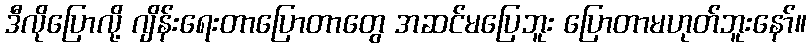
ဒီလိုပြောလို့ ဂျိန်းရေးတာပြောတာတွေ အဆင်မပြေဘူး ပြောတာမဟုတ်ဘူးနော်။